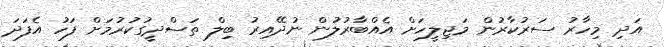
އަދި މިހާރު ސަރުކާރުން މަޖިލީހަށް އެއްބާރުލުން ނުދޭއިރު ބިލް ތަސްދީގުކުރުމަށް ފަހު އެފަދަ